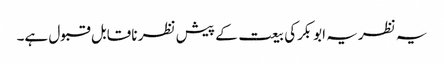
یہ نظریہ ابوبکرکی بیعت کے پیش نظر ناقابل قبول ہے۔